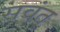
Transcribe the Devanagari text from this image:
सवंत्